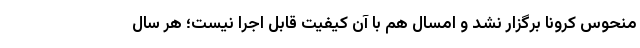
منحوس کرونا برگزار نشد و امسال هم با آن کیفیت قابل اجرا نیست؛ هر سال